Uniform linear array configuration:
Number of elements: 24
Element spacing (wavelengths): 0.75
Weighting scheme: blackman
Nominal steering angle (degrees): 60
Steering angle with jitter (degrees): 60.887
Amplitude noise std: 0.05
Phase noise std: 0.05

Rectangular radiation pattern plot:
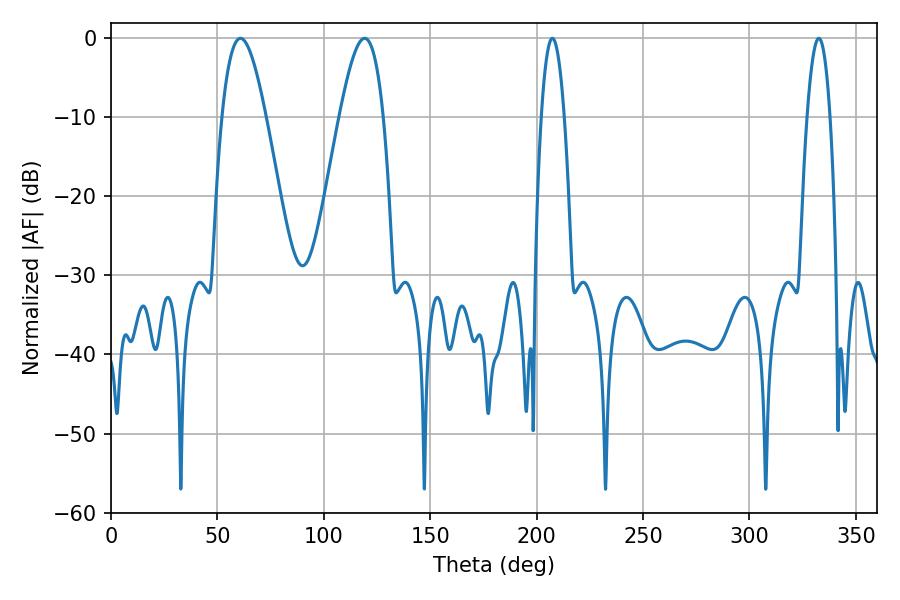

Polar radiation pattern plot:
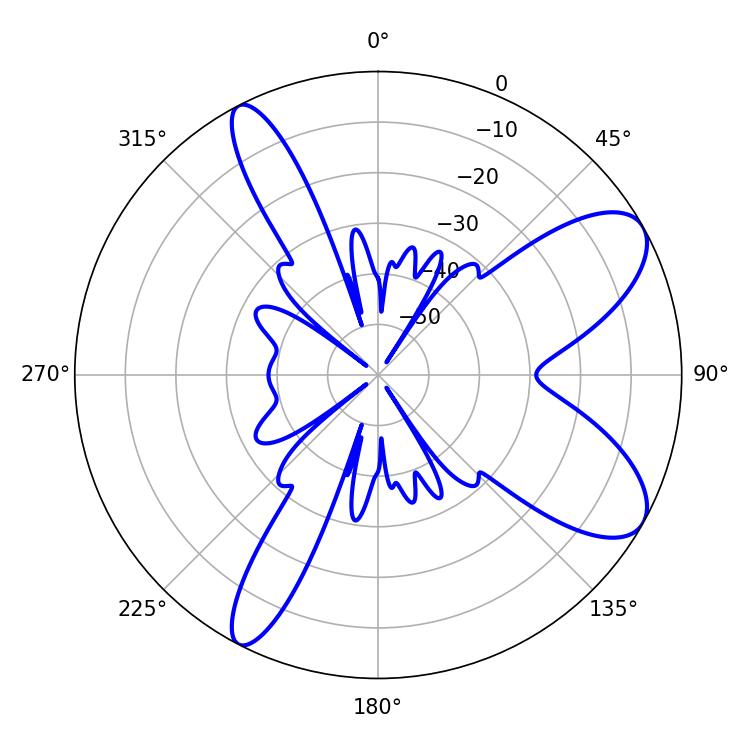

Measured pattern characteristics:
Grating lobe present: TRUE
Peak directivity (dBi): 8.708
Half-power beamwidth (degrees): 11.16
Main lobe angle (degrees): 119.16